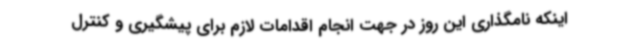
اینکه نامگذاری این روز در جهت انجام اقدامات لازم برای پیشگیری و کنترل